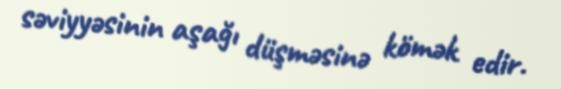
səviyyəsinin aşağı düşməsinə kömək edir.